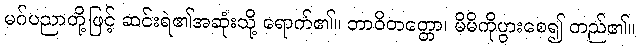
မဂ်ပညာတို့ဖြင့် ဆင်းရဲ၏အဆုံးသို့ ရောက်၏။ ဘာဝိတတ္တော၊ မိမိကိုပွားစေ၍ တည်၏။